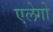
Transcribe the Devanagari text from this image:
एलेगो